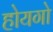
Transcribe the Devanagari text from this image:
होयगो